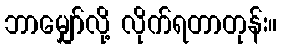
ဘာမျှော်လို့ လိုက်ရတာတုန်း။